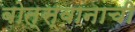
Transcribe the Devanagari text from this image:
बोत्स्वानाची